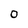
Character: 0